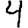
Digit: 4